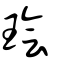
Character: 璯